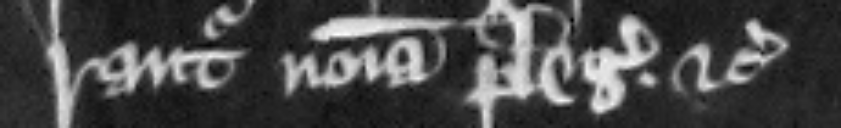
rantur nomina plegiorum etc.